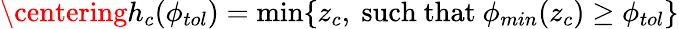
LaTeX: \centering\displaystyle h_{c}(\phi_{tol})=\operatorname*{min}\{ z_{c}\mathrm{,\ such\ that\ }\phi_{min}(z_{c})\geq\phi_{tol}\}